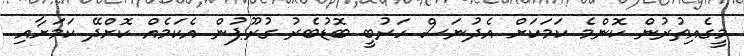
މީގެއިތުރުން ކޮންމެ ކަމަކަށް އެދުނަސް ހަރުބީ ބޮޑުބެރު ގުރޫޕުން އެކަމެއް ކޮށްދޭ ކަމަށާއި